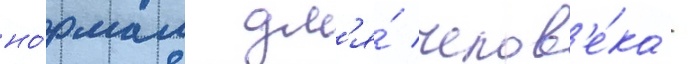
но́рмам дл'я́ челов'е́ка -